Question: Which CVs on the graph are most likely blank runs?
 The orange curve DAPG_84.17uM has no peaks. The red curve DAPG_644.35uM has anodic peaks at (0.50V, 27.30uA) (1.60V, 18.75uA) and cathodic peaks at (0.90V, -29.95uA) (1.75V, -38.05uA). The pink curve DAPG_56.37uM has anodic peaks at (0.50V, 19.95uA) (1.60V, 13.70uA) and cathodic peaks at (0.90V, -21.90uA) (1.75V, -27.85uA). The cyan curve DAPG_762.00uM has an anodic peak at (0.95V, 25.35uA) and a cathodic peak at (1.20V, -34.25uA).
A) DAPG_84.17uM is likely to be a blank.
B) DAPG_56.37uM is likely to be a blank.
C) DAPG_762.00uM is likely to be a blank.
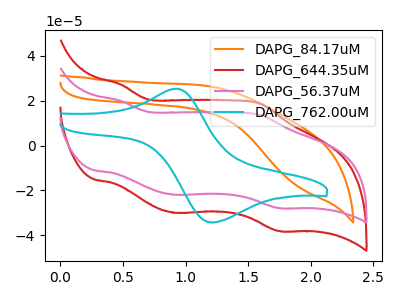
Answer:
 <answer>A) "DAPG_84.17uM" is likely to be a blank.</answer>
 <eval>A</eval>